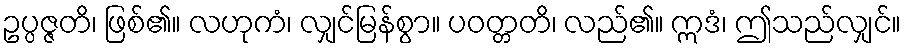
ဥပ္ပဇ္ဇတိ၊ ဖြစ်၏။ လဟုကံ၊ လျှင်မြန်စွာ။ ပဝတ္တတိ၊ လည်၏။ ဣဒံ၊ ဤသည်လျှင်။